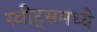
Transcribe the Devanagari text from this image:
स्वीट्‌समध्ये